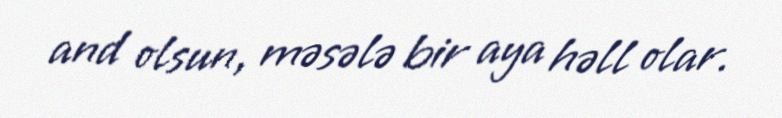
and olsun, məsələ bir aya həll olar.